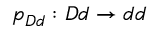
p _ { D d } : D d \rightarrow d d